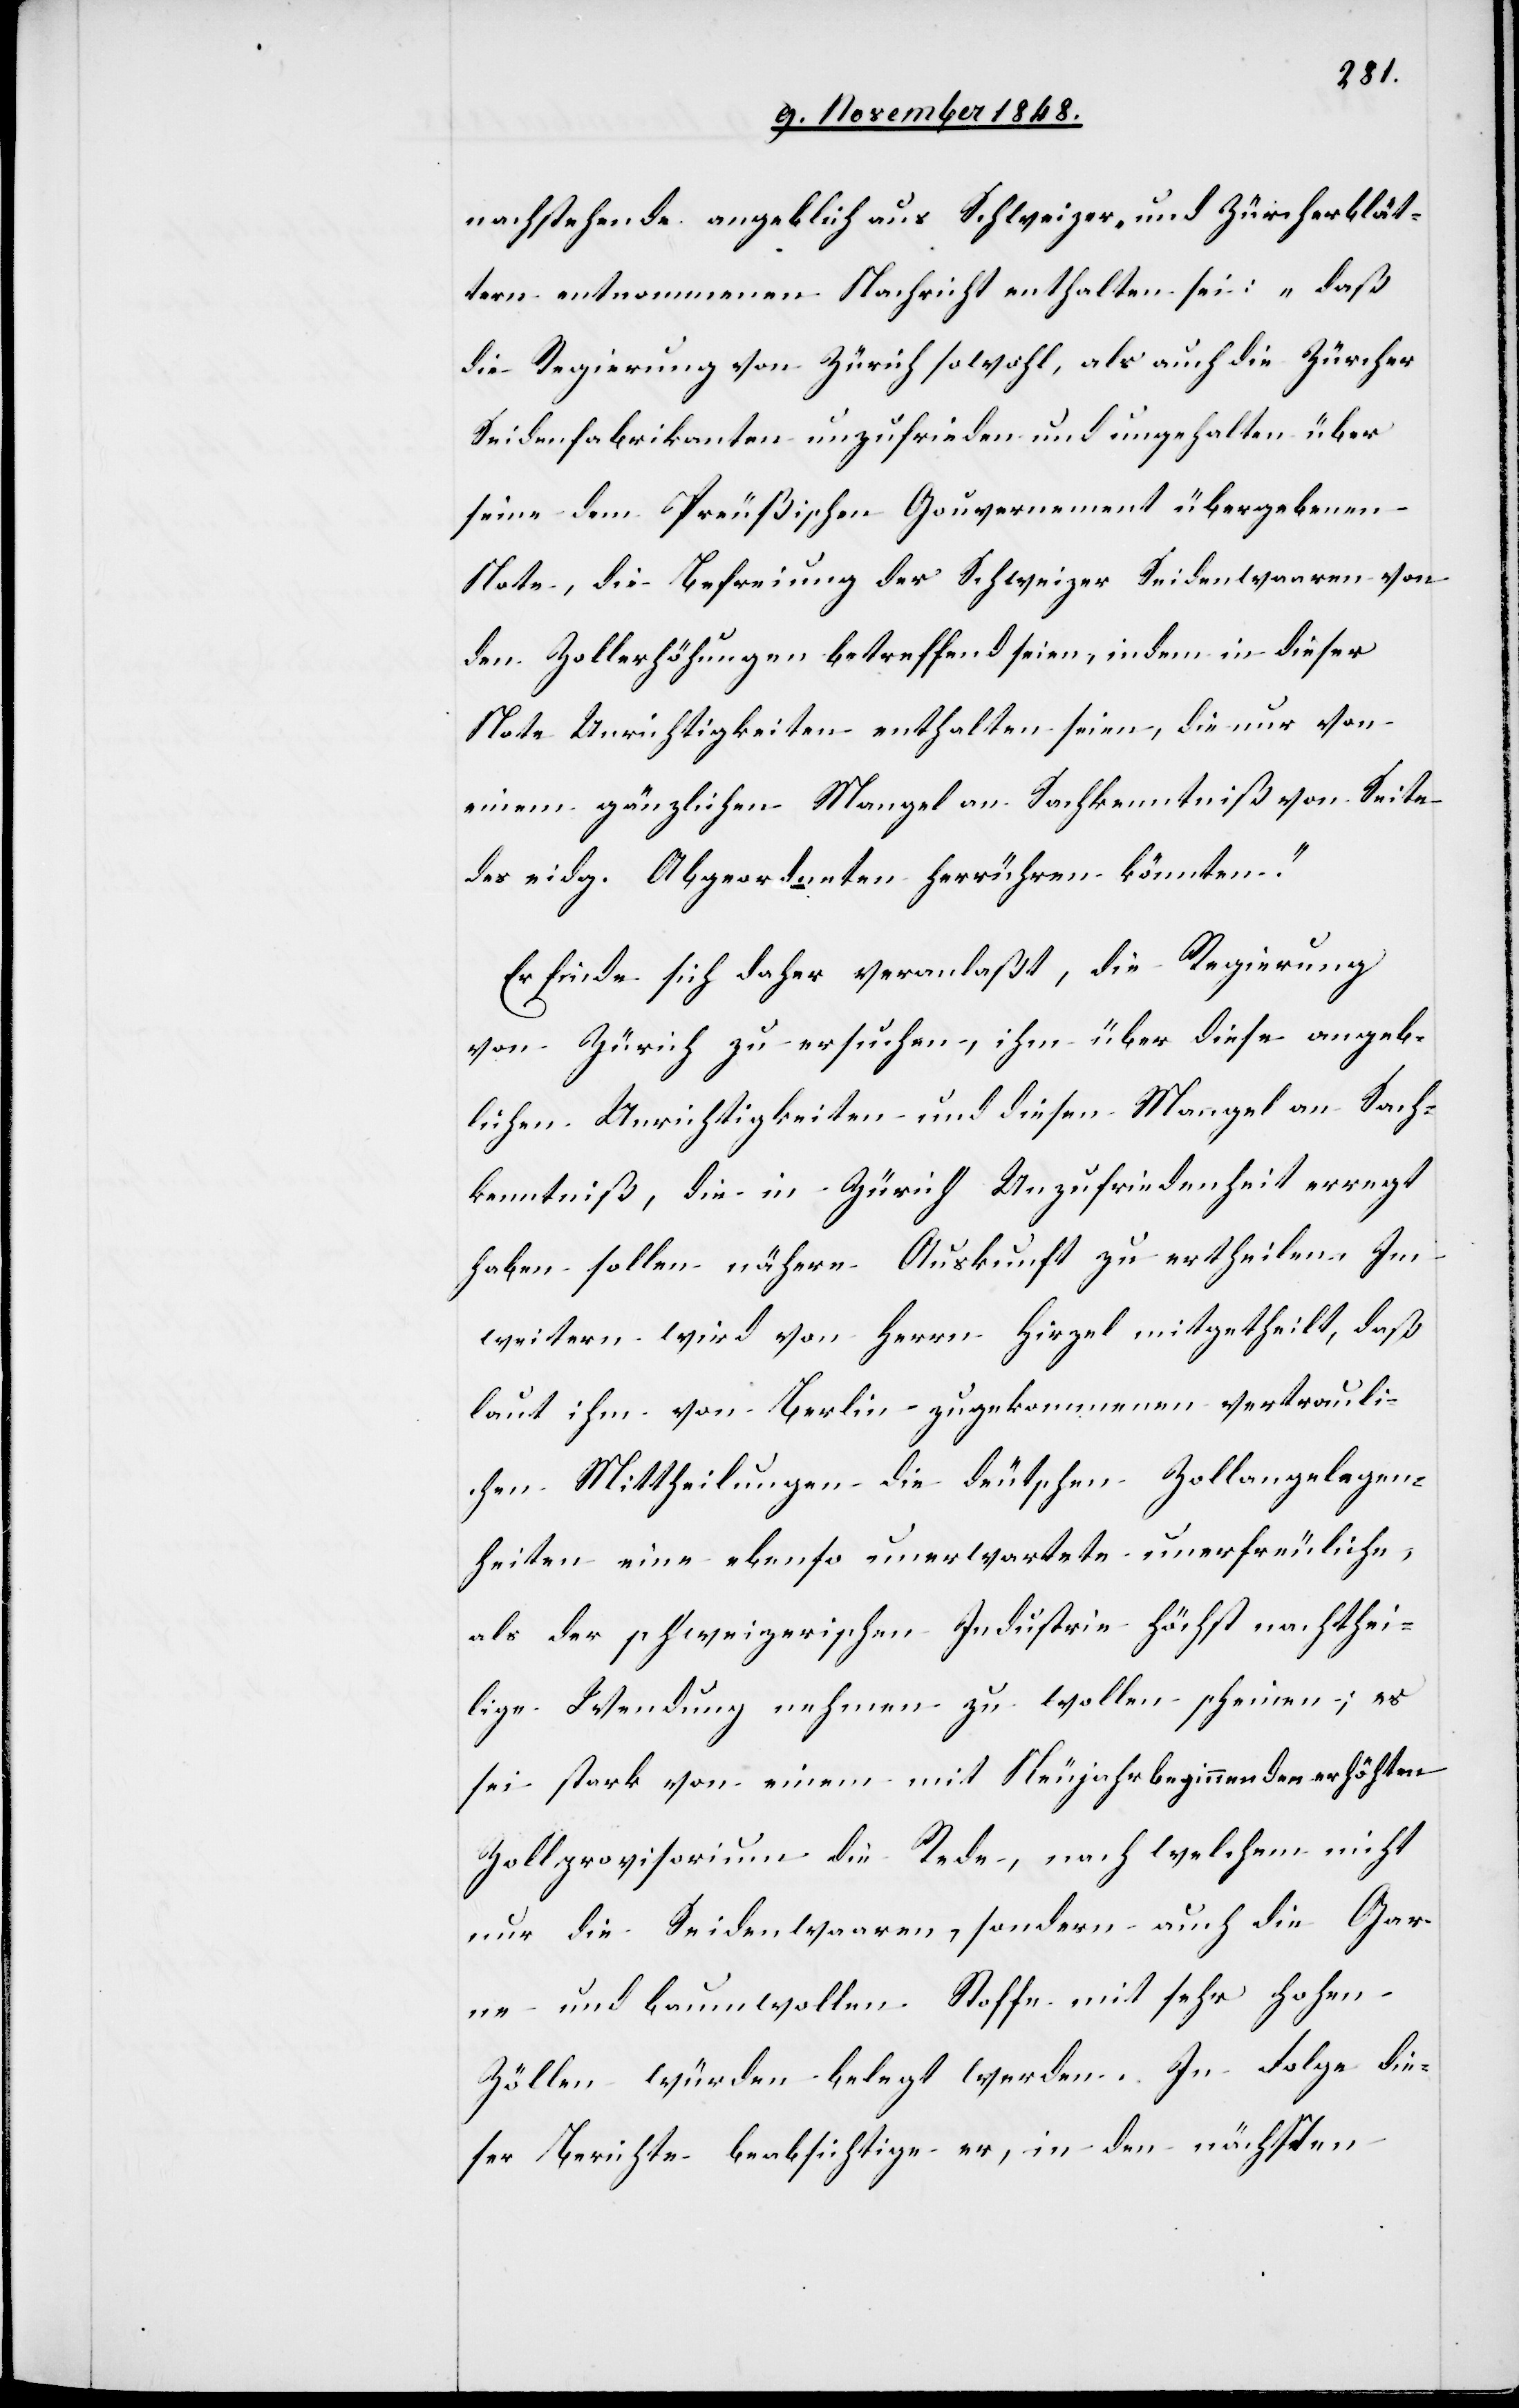
nachstehende angeblich aus Schweizer- und Zürcherblät¬
tern entnommenen Nachricht enthalten sei: „daß
die Regierung von Zürich sowohl, als auch die Zürcher
Seidenfabrikanten unzufrieden und ungehalten über
seine dem Preußischen Gouvernement übergebenen
Note, die Befreiung der Schweizer Seidenwaaren von
den Zollerhöhungen betreffend seien, indem in dieser
Note Unrichtigkeiten enthalten seine, die nur von
einem gänzlichen Mangel an Sachkenntnis von Seite
des eidg. Abgeordneten herrühren könnten.“
Es finde sich daher veranlaßt, die Regierung
von Zürich zu ersuchen, ihm über diese angeb¬
lichen Urnichtigkeiten und diesen Mangel an Sach¬
kenntniß, die in Zürich Unzufriedenheit erregt
haben sollen nähere Auskunft zu ertheilen. Im
weitern wird von Herrn Hirzel mitgetheilt, daß
laut ihm von Berlin zugekommenen vertrauli¬
chen Mittheilungen die deutschen Zollangelegen¬
heiten eine ebenso unerwartete unerfreuliche,
als der schweizerischen Industrie höchst nachthei¬
lige Wendung nehmen zu wollen scheinen; es
sei stark von einem mit Neujahr beginnenden erhöhten
Zollprovisorium die Rede, nach welchem nicht
nur die Seidenwaaren, sondern auch die Gar¬
ne und baumwollen Stoffe mit sehr hohen
Zöllen würden belegt werden. In Folge die¬
ser Berichte beabsichtige er, in den nächsten